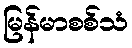
မြန်မာစစ်သံ